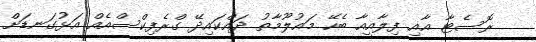
ރޮސެޓާ އާއި ފިލާއީއާ ބެހޭ މައުލޫމާތު ދައްކައިދޭ ގްރެފިކްސްއެއް އަޅުގަނޑަށް